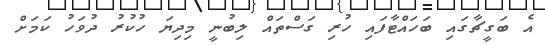
އެ ބަގީޗާގައި ބަހައްޓާފައި ހުރި ގަސްތައް ލިބުނީ މިދިޔަ ހުކުރު ދުވަހު ކަމަށް